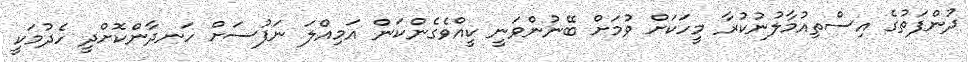
ދުންފަތުގެ އިސްތިއުމާލުނުކުރާ މީހަކަށް ވުމަށް ބޭނުންވަނީ ކީއްވެގެންކަން އަމިއްލަ ނަފުސަށް ހަނދާންކޮށްދީ ހެދުމަކީ